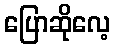
ပြောဆိုလေ့